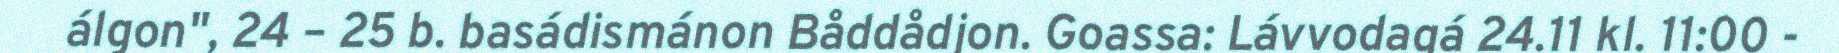
álgon", 24 – 25 b. basádismánon Båddådjon. Goassa: Lávvodagá 24.11 kl. 11:00 -